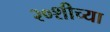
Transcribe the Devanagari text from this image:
२०शीच्या